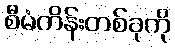
စီမံကိန်းတစ်ခုကို